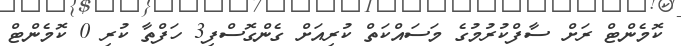
ކޮމެންޓް ރަށް ސާފްކުރުމުގެ މަސައްކަތް ކުރިއަށް ގެންގޮސްފި3 ހަފްތާ ކުރި 0 ކޮމެންޓް